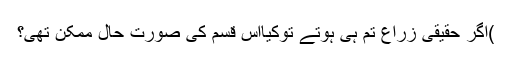
)اگر حقیقی زراع تم ہی ہوتے توکیااس قسم کی صُورت حال ممکن تھی؟